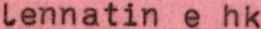
lennatin e hk